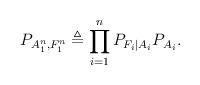
LaTeX: \begin{align*}P_{A_1^n, F_1^n} \triangleq \prod_{i = 1}^n P_{F_i | A_i} P_{A_i}. \end{align*}